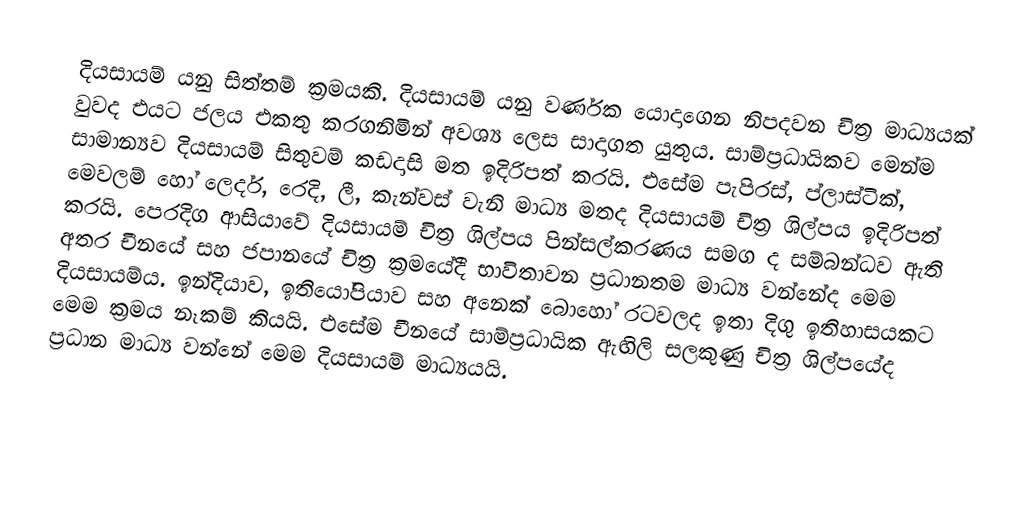
දියසායම් යනු සිත්තම් ක්‍රමයකි. දියසායම් යනු වර්ණක යොදාගෙන නිපදවන චිත්‍ර මාධ්‍යයක් වුවද එයට ජලය එකතු කරගනිමින් අවශ්‍ය ලෙස සාදාගත යුතුය. සාම්ප්‍රධායිකව මෙන්ම සාමාන්‍යව දියසායම් සිතුවම් කඩදාසි මත ඉදිරිපත් කරයි. එසේම පැපිරස්, ප්ලාස්ටික්, මෙවලම් හෝ ලෙදර්, රෙදි, ලී, කැන්වස් වැනි මාධ්‍ය මතද දියසායම් චිත්‍ර ශිල්පය ඉදිරිපත් කරයි. පෙරදිග ආසියාවේ දියසායම් චිත්‍ර ශිල්පය පින්සල්කරණය සමග ද සම්බන්ධව ඇති අතර චීනයේ සහ ජපානයේ චිත්‍ර ක්‍රමයේදී භාවිතාවන ප්‍රධානතම මාධ්‍ය වන්නේද මෙම දියසායම්ය. ඉන්දියාව, ඉතියෝපියාව සහ අනෙක් බොහෝ රටවලද ඉතා දිගු ඉතිහාසයකට මෙම ක්‍රමය නෑකම් කියයි. එසේම චීනයේ සාම්ප්‍රධායික ඇඟිලි සලකුණු චිත්‍ර ශිල්පයේද ප්‍රධාන මාධ්‍ය වන්නේ මෙම දියසායම් මාධ්‍යයයි.